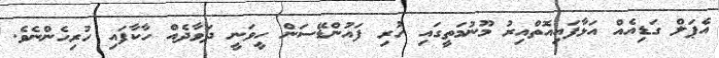
އެޕަލް ގަޑިއެއް އަޅާފައިއޮތްއިރު މޫނުމަތީގައި ހުރި ފައުންޑޭސަން ހީވަނީ ދަވާދެއް ހާކާފައި ހުރިހެންނެވެ.